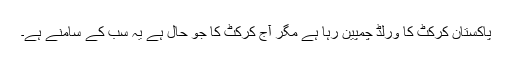
پاکستان کرکٹ کا ورلڈ چمپین رہا ہے مگر آج کرکٹ کا جو حال ہے یہ سب کے سامنے ہے۔